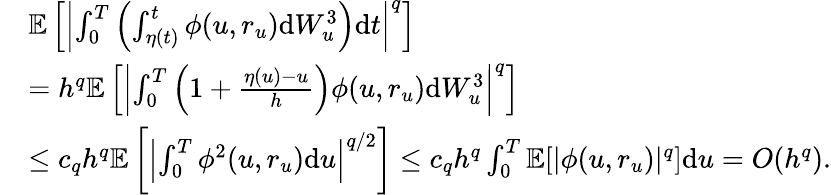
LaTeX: \begin{array}{rl}&{\mathbb{E}\left[\left|\int_{0}^{T}\left(\int_{\eta(t)}^{t}\phi(u,r_{u})\mathrm{d}W_{u}^{3}\right)\mathrm{d}t\right|^{q}\right]}\\ &{=h^{q}\mathbb{E}\left[\left|\int_{0}^{T}\left(1+\frac{\eta(u)-u}{h}\right)\phi(u,r_{u})\mathrm{d}W_{u}^{3}\right|^{q}\right]}\\ &{\leq c_{q}h^{q}\mathbb{E}\left[\left|\int_{0}^{T}\phi^{2}(u,r_{u})\mathrm{d}u\right|^{q/2}\right]\leq c_{q}h^{q}\int_{0}^{T}\mathbb{E}[|\phi(u,r_{u})|^{q}]\mathrm{d}u=O(h^{q}).}\end{array}